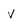
Character: v